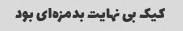
کیک بی نهایت بدمزه‌ای بود